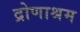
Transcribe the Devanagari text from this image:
द्रोणाश्रम